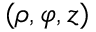
( \rho , \varphi , z )